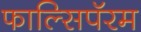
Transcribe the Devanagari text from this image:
फाल्सिपॅरम